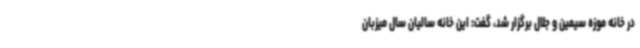
در خانه موزه سیمین و جلال برگزار شد، گفت: این خانه سالیان سال میزبان